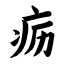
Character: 疬